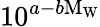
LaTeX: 10^{a-b\mathrm{M_{W}}}